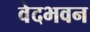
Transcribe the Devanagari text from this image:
वेदभवन